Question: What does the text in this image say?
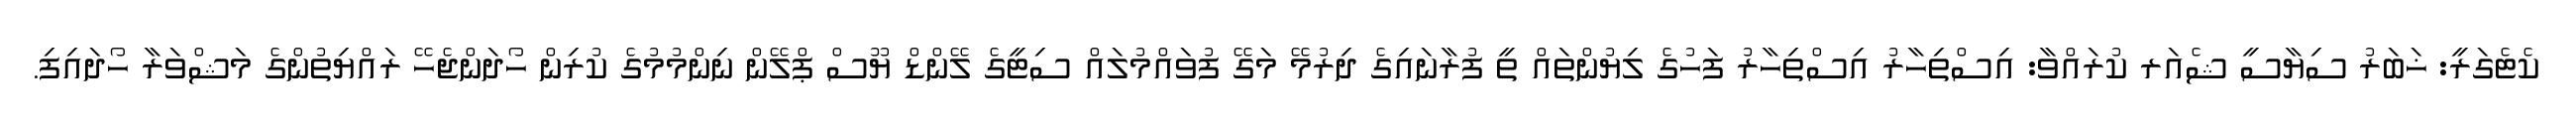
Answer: ކެޓެގަރީ: ޚަބަރު ސިޔާސީ ޝެއަރ ކުރައްވާ: އިސްތިހާރު އިސްތިހާރު ފަހުގެ ލިޔުންތައް ތީ ފުރާނައިގެ ދިރުމޭ މަގޭ ފުވައްމުލައް ސިޓީގެ ލޭންޑް ޔޫސް ޕްލޭން ނިންމުމުގެ ކުރިން ހޯދަންޖެހޭ ރައްޔިތުންގެ މަޝްވަރާ ހޯދައިފި.